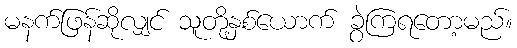
မနက်ဖြန်ဆိုလျှင် သူတို့နှစ်ယောက် ခွဲကြရတော့မည်။